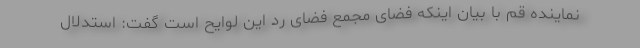
نماینده قم با بیان اینکه فضای مجمع فضای رد این لوایح است گفت: استدلال